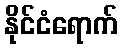
နိုင်ငံရောက်